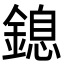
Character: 鎴